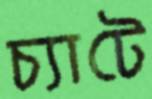
চ্যাটে